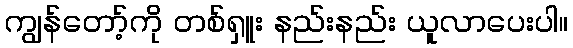
ကျွန်တော့်ကို တစ်ရှူး နည်းနည်း ယူလာပေးပါ။